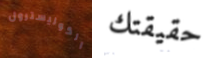
الكوليسترول حقيقتك